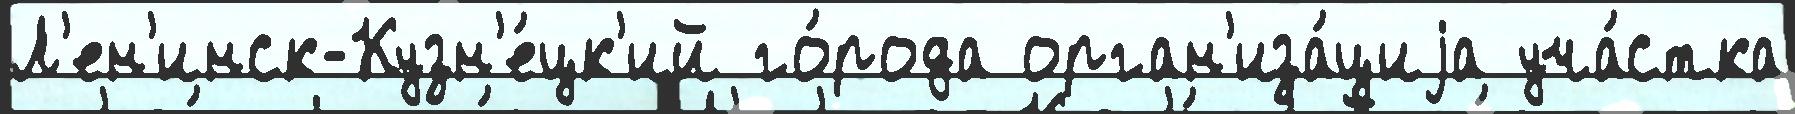
Л'ен'инск-Кузн'е́цк'ий го́рода орган'иза́циjа уча́стка